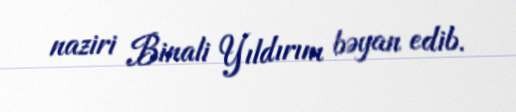
naziri Binali Yıldırım bəyan edib.